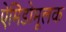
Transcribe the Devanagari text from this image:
ऐमिडोमूलक